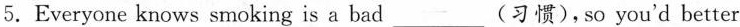
5.Everyone knows smoking is a bad___(习惯),so you'd better